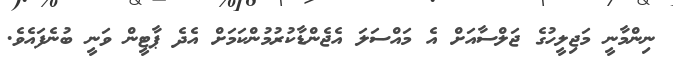
ނިންމާނީ މަޖިލީހުގެ ޖަލްސާއަށް އެ މައްސަލަ އެޖެންޑާކުރުމުންކަމަށް އެދެ ޕާޓީން ވަނީ ބުނެފައެވެ.